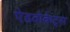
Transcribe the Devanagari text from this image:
ऐडवोकेट्स